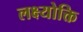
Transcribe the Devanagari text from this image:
लक्ष्योक्ति